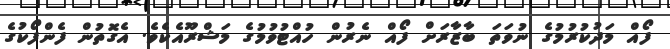
ފޯއް މަދުކުރުމުގެ ނުވަތަ ބާޒާރަށް ފޯއް ނެރުން ހުއްޓުވުމުގެ މަޝްރޫއެކެވެ. އެގޮތުން ފެންފޯކުގެ